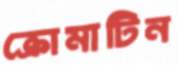
ক্রোমাটিন